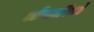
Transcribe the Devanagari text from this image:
ऑण्टारिओ